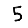
Digit: 5